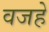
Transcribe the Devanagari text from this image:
वजहे